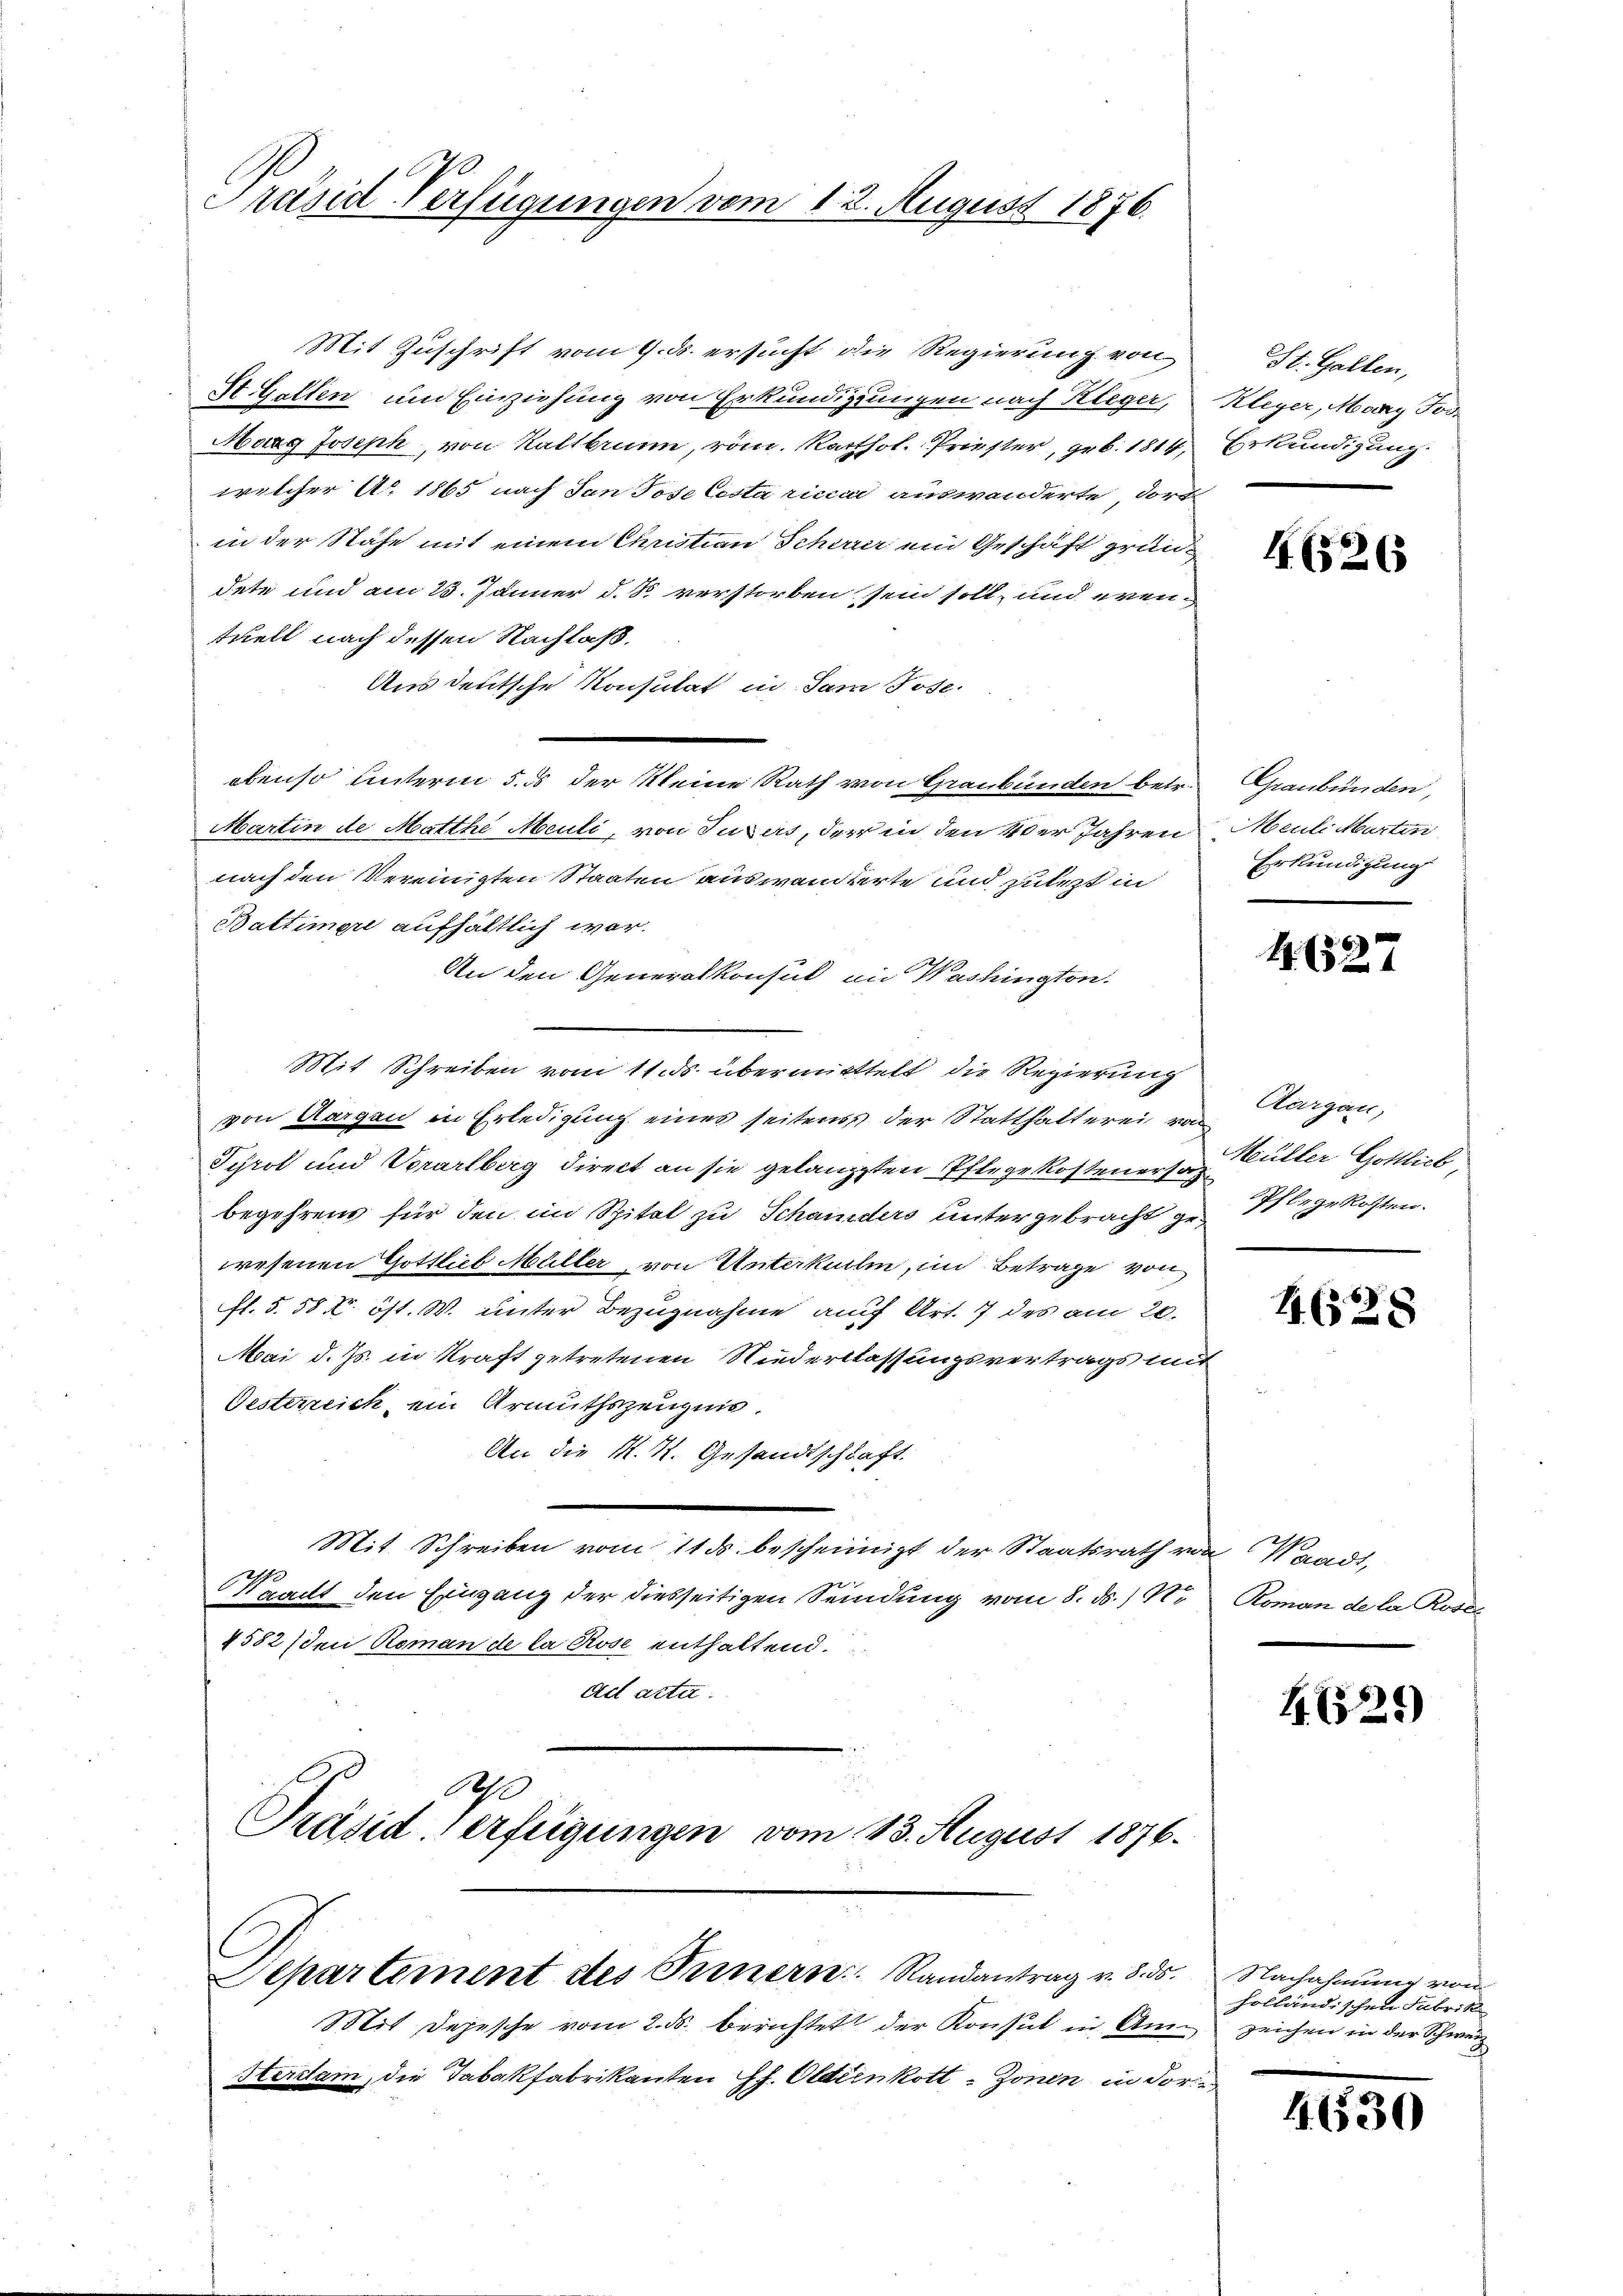
Präsid-Verfügungen vom 12. August 1876.

Mit Zuschrift vom 9. ds. ersucht die Regierung von
St. Gatten um Einziehung von Erkundigungen nach Kleger,
Marg Joseph, von Kaltbrunn, vom Karthol. Priester, geb. 1814,
welcher A. 1865 nach San Jose Cesta ricu auswanderte dort
in der Nähe mit einem Christian Schirur ein Geschäft gründete und am 23. Jänner d. J. verstorben sein soll, und eventuell nach dessen Nachlaß.
Aus deutsche Konsutat in Sam Jose
ebenso unterm 5. der Meine Rath von Graubünden betr.
Martin de Matthe Meuli, von Jugers, der in den 40er Jahren
nach den Vereinigten Staaten auswandterte und zulezt in
Battimore aufhältlich war.
An den Generalkonsul in Washington.
Mit Schreiben vom 11. ds. übermittelt die Regierung
von Aargau in Erledigung eines seitens der Statthalterei von Aargau,
Tyrol und Vorarlberg direct an sie gelangten Pflege kosten ersatzbegehrens für den im Spital zu Schanders untergebracht gewesenen Gottlieb Müller, von Unterkurli, in Betrage von
fl. 5. 58 V. öst. W. unter Bezugnahme auf Art. 7 des am 20.
Mai d. Js. in Kraft getretenen Niederlassungsvertrags mir
Oesterreich ein Armuthszeugnis.
An die M. H. Gesandtschaft.
Mit. Schreiben vom 11 ds. bescheinigt der Staatsrath vo
Kaailt den Eingang der diesseitigen Sendung vom 8. ds. 17t
1582 (den Roman de la Rose enthaltend.
ad acta.
.
A
Präsiderfügungen vom 13. August 1876.
Departement des Prinern Randantrag v. 8. ds.
Mit Depesche vom 2. ds. berichtet der Konsul in Am¬ zeichen in der Schweiz
Serclam, die Tabakfabrikanten h. Ottenkott-Zonen in Forde

St. Gallen,
Kleyer, Mary Tod
Erkundigung.

165265

Graubünden,
Meuli Martin
Erkundigung

1. 6527

Müller Gottlich,
Pflegekosten.

41 (128

t Hande
Roman de la Rosel

B. 6525)

Nachahmung von
holländischen Fabrik

450